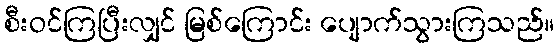
စီးဝင်ကြပြီးလျှင် မြစ်ကြောင်း ပျောက်သွားကြသည်။